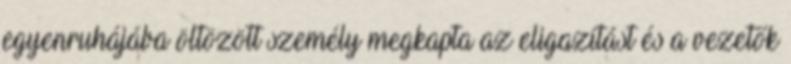
egyenruhájába öltözött személy megkapta az eligazítást és a vezetők